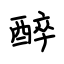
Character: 醉